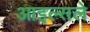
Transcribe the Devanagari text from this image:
आइल्सले